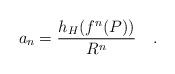
LaTeX: \begin{align*}a_{n}=\frac{ h_{H}(f^{n}(P))}{R^{n}}\ \ \ .\end{align*}